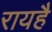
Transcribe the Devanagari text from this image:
रायहै